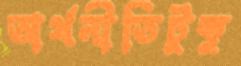
অর্থনীতিটুকু